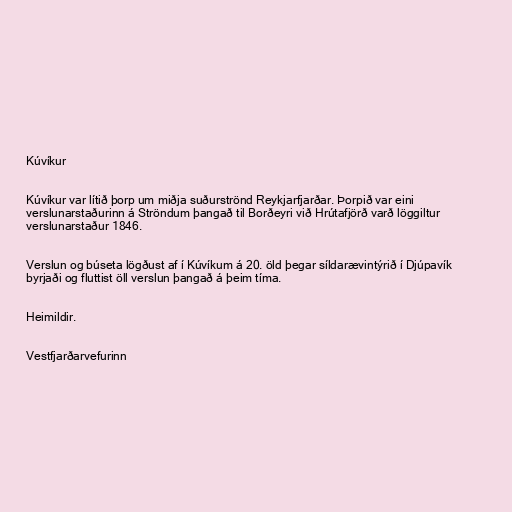
Kúvíkur

Kúvíkur var lítið þorp um miðja suðurströnd Reykjarfjarðar. Þorpið var eini
verslunarstaðurinn á Ströndum þangað til Borðeyri við Hrútafjörð varð löggiltur
verslunarstaður 1846.

Verslun og búseta lögðust af í Kúvíkum á 20. öld þegar síldarævintýrið í Djúpavík
byrjaði og fluttist öll verslun þangað á þeim tíma.

Heimildir.

Vestfjarðarvefurinn